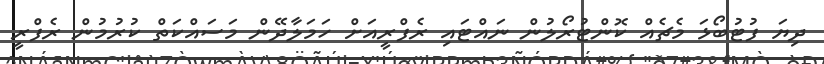
ދިޔަ ފުޓުބޯޅަ މެޗެއް ކޮންޓުރޯލުން ނައްޓައި ރެފްރީއަށް ހަމަލާދޭން މަސައްކަތް ކުރުމުން ރެފްރީ